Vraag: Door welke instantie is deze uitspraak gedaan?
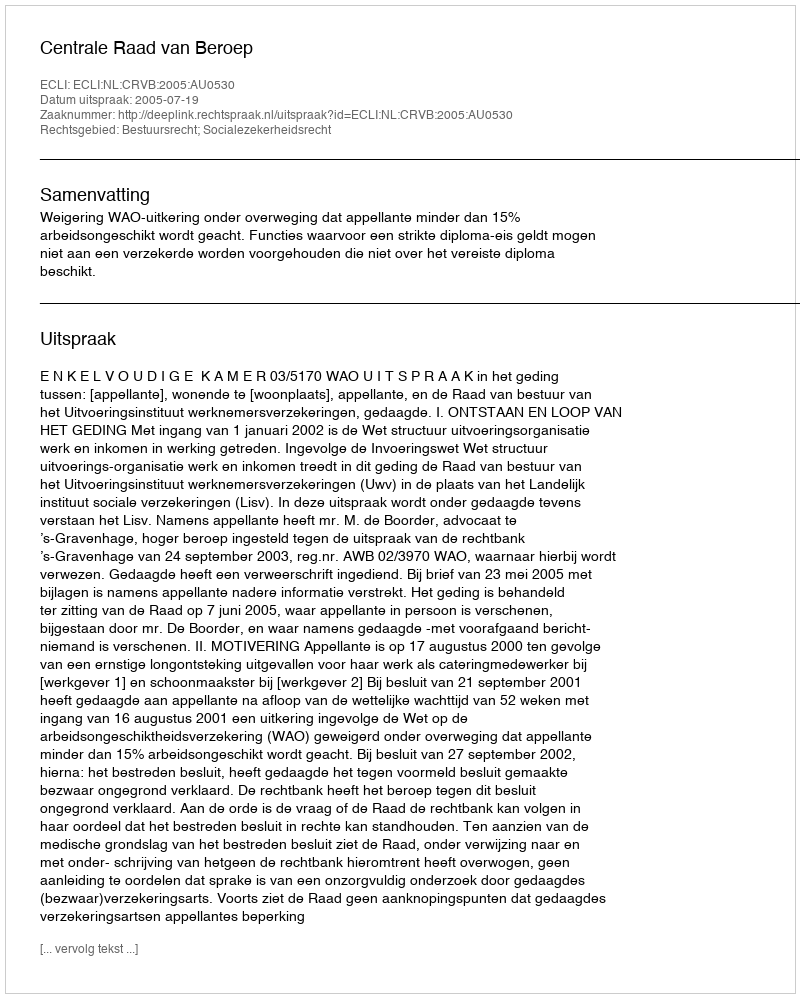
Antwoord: Centrale Raad van Beroep